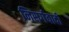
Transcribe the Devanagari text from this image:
निसर्गवादी